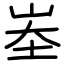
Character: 峚